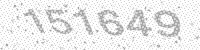
Solution: 151649